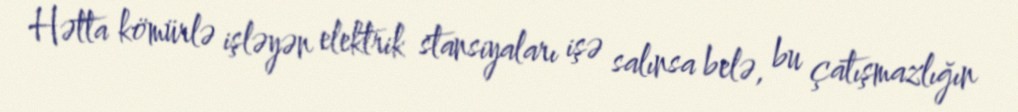
Hətta kömürlə işləyən elektrik stansiyaları işə salınsa belə, bu çatışmazlığın